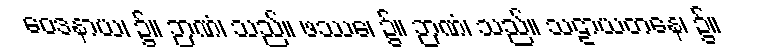
ဝေဒနာယ၊ ၌။ ဉာဏံ၊ သည်။ ဖဿေ၊ ၌။ ဉာဏံ၊ သည်။ သဠာယတနေ၊ ၌။